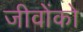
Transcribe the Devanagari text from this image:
जीवोंको